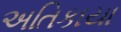
અતિકાયા